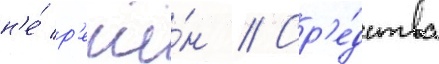
н'е́ р'ешё́н // Ср'е́дства